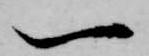
一